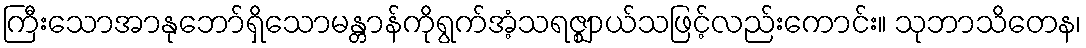
ကြီးသောအာနုဘော်ရှိသောမန္တာန်ကိုရွက်အံ့သရဇ္ဈာယ်သဖြင့်လည်းကောင်း။ သုဘာသိတေန၊